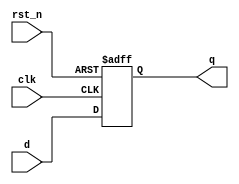
module D_FF(d,q, clk, rst_n);
    output q;
    input d, clk, rst_n;
    reg q;

    always @(posedge clk or negedge rst_n)
        if (!rst_n)
            q<=1'b0;
        else 
            q<=d;

endmodule